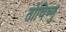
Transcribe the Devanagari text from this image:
तोविष्णु